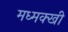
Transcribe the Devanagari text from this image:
मध्मक्खी